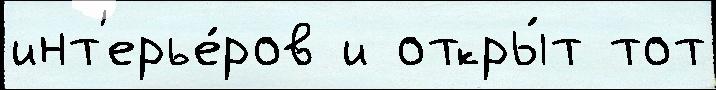
инт'ерье́ров и откры́т тот